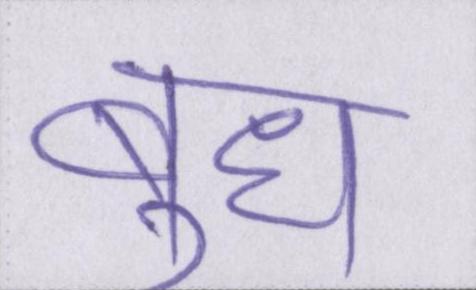
बुध